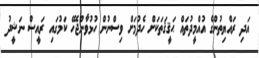
އަދި ރައްޔިތުންގެ އުއްމީދުތައް ޙަޤީޤަތަކަށް ހެދުމަށް ވިސްނުން ހުޅުވާންޖެހޭ ކަމުގައި ރައީސް ނަޝީދު